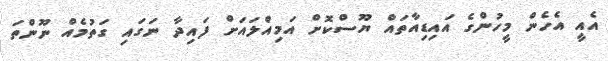
އެއީ އެހެން މީހުންގެ އައިޑިއާތައް ޔޫސްކޮށް އަމިއްލައަށް ފައިދާ ނަގައި ގަތުމެއް ނޫންތަ